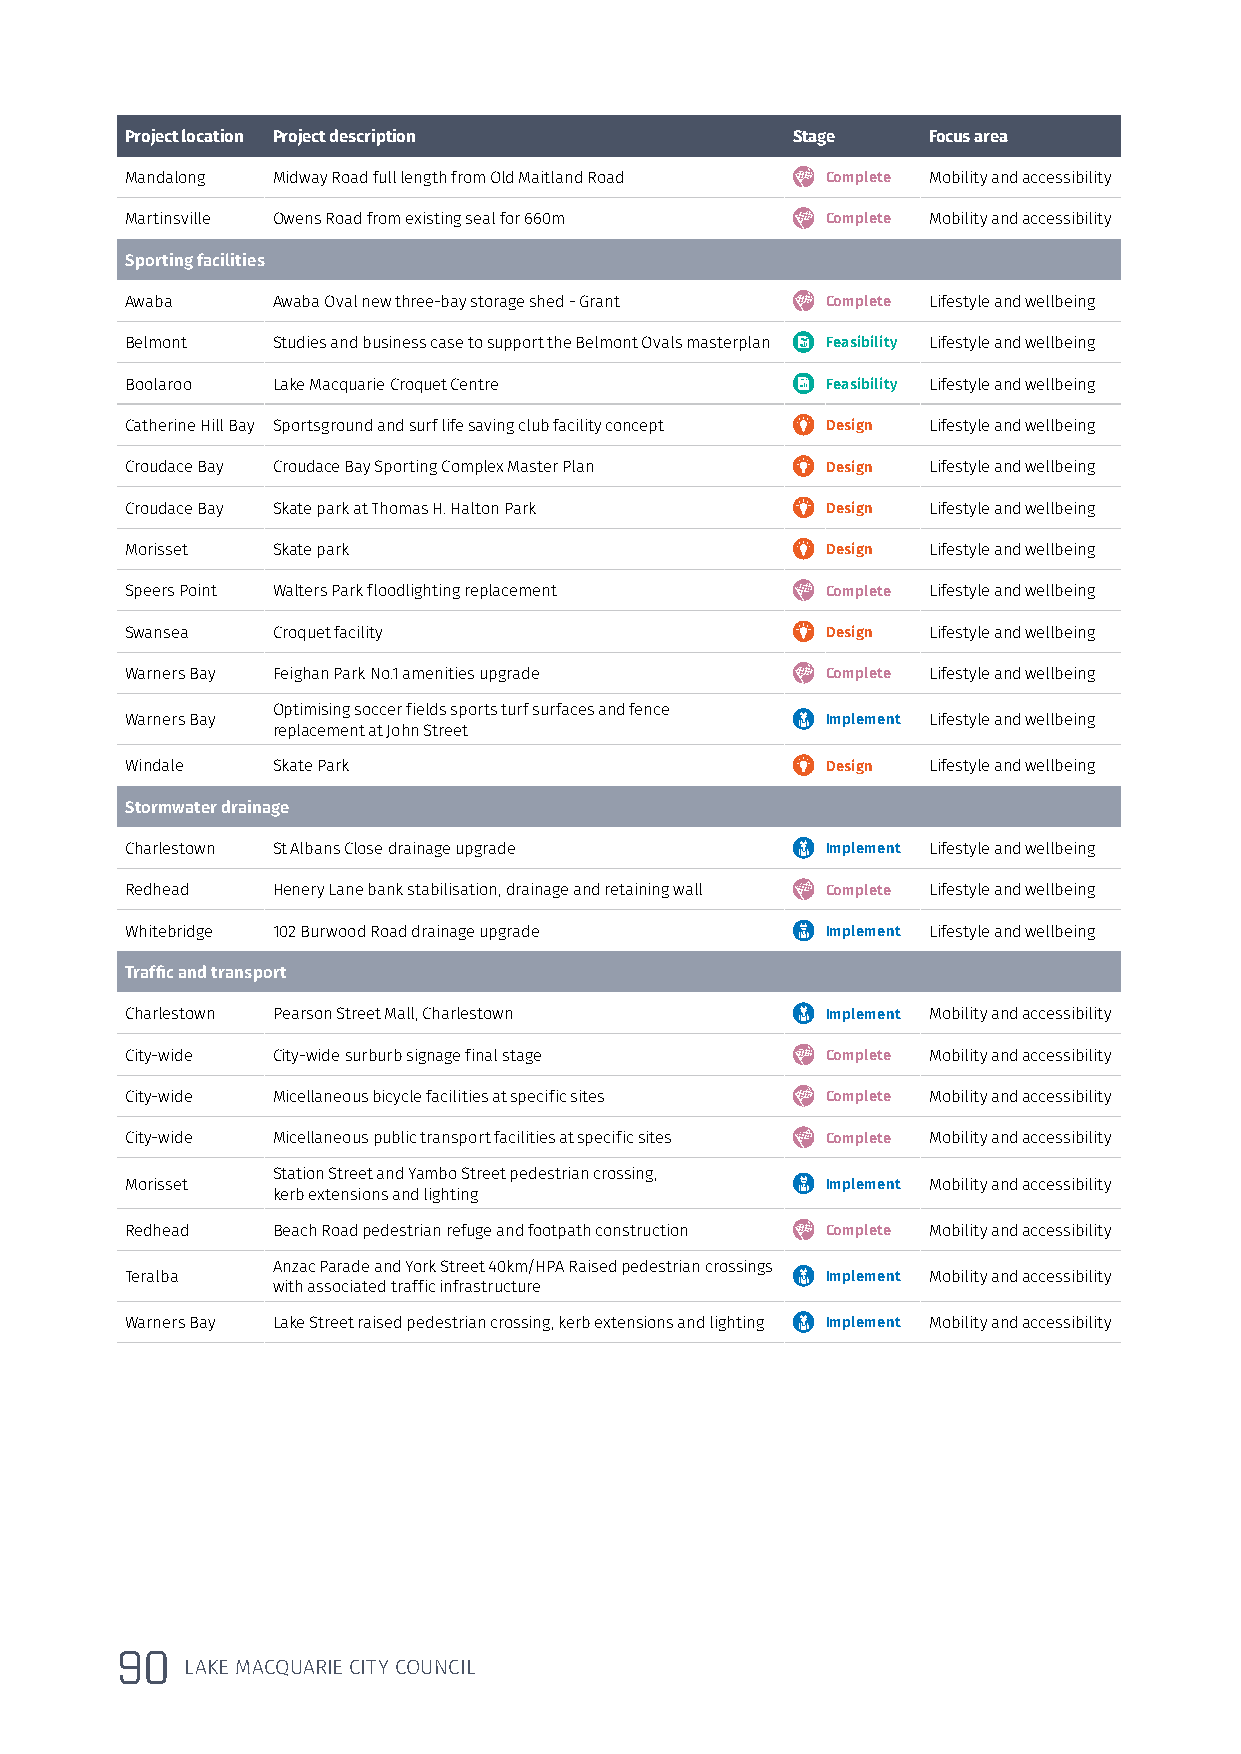
Project location Project description        Stage    Focus area
 Mandalong Midway Road full length from Old Maitland Road Complete Mobility and accessibility
 Martinsville Owens Road from existing seal for 660m Complete Mobility and accessibility
 Sporting facilities
 Awaba     Awaba Oval new three-bay storage shed - Grant Complete Lifestyle and wellbeing
 Belmont   Studies and business case to support the Belmont Ovals masterplan Feasibility Lifestyle and wellbeing
 Boolaroo  Lake Macquarie Croquet Centre        Feasibility Lifestyle and wellbeing
 Catherine Hill Bay Sportsground and surf life saving club facility concept Design Lifestyle and wellbeing
 Croudace Bay Croudace Bay Sporting Complex Master Plan Design Lifestyle and wellbeing
 Croudace Bay Skate park at Thomas H. Halton Park Design Lifestyle and wellbeing
 Morisset  Skate park                           Design Lifestyle and wellbeing
 Speers Point Walters Park floodlighting replacement Complete Lifestyle and wellbeing
 Swansea   Croquet facility                     Design Lifestyle and wellbeing
 Warners Bay Feighan Park No.1 amenities upgrade Complete Lifestyle and wellbeing
 Optimising soccer fields sports turf surfaces and fence
 Warners Bay                                    Implement Lifestyle and wellbeing
 replacement at John Street
 Windale   Skate Park                           Design Lifestyle and wellbeing
 Stormwater drainage
 Charlestown St Albans Close drainage upgrade   Implement Lifestyle and wellbeing
 Redhead   Henery Lane bank stabilisation, drainage and retaining wall Complete Lifestyle and wellbeing
 Whitebridge 102 Burwood Road drainage upgrade  Implement Lifestyle and wellbeing
 Traffic and transport
 Charlestown Pearson Street Mall, Charlestown   Implement Mobility and accessibility
 City-wide City-wide surburb signage final stage Complete Mobility and accessibility
 City-wide Micellaneous bicycle facilities at specific sites Complete Mobility and accessibility
 City-wide Micellaneous public transport facilities at specific sites Complete Mobility and accessibility
 Station Street and Yambo Street pedestrian crossing,
 Morisset                                       Implement Mobility and accessibility
 kerb extensions and lighting
 Redhead   Beach Road pedestrian refuge and footpath construction Complete Mobility and accessibility
 Anzac Parade and York Street 40km/HPA Raised pedestrian crossings
 Teralba                                        Implement Mobility and accessibility
 with associated traffic infrastructure
 Warners Bay Lake Street raised pedestrian crossing, kerb extensions and lighting Implement Mobility and accessibility
 90
 LAKE MACQUARIE CITY COUNCIL